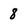
Character: 8